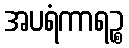
အပရံကာရဉ္စ